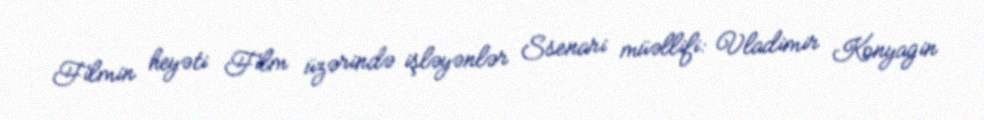
Filmin heyəti Film üzərində işləyənlər Ssenari müəllifi: Vladimir Konyagin